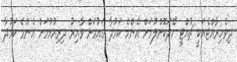
ދިވެހިރާއްޖެއަކީ ޗުއްޓީ ހޭދަކޮށްލުމަށް އެންމެ ކަމުދާ ގައުމަށް ވާއިރު ދިރިއުޅުމަށް އެންމެ ކަމުދާ